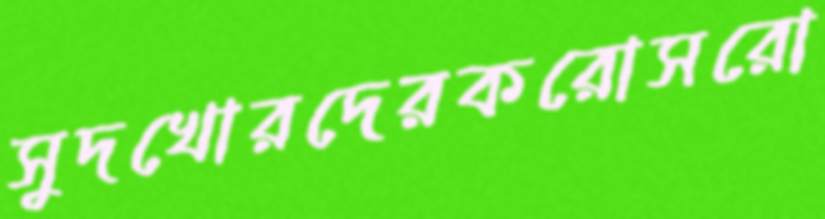
সুদখোরদেরকরোসরো